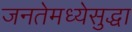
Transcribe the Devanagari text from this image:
जनतेमध्येसुद्धा